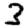
Digit: 3